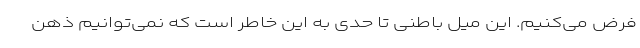
فرض می‌کنیم. این میل باطنی تا حدی به این خاطر است که نمی‌توانیم ذهن